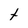
Character: t